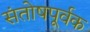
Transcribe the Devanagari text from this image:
संतोषपूर्वक